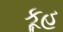
કૂહ